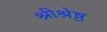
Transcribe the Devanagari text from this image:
श्रीश्रेष्ठ